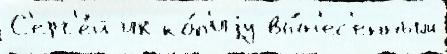
С'ерг'е́й их ко́п'иjу вы́н'ес'енным